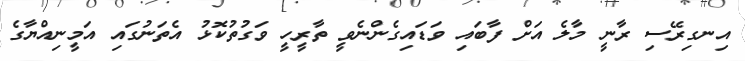
އިނގިރޭސި ރާނީ މާލެ އަށް ފާބައި ވަޑައިގެންނެވީ ތާރީހީ ވަގުތުކޮޅު އެތަނުގައި އަމީނިއްޔާގެ